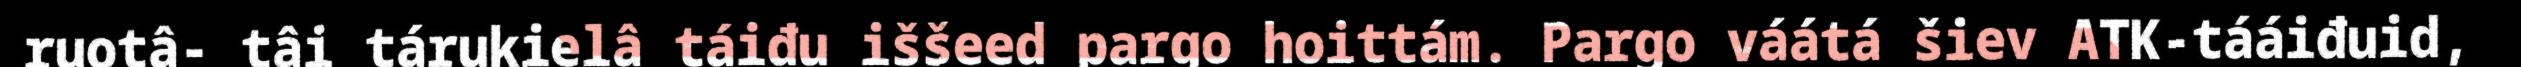
ruotâ- tâi tárukielâ táiđu iššeed pargo hoittám. Pargo váátá šiev ATK-tááiđuid,